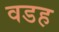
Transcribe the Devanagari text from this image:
वडह